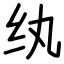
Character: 纨